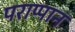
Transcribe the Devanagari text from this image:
पराप्पान